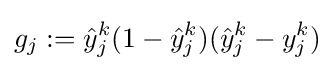
g_{j}:={\hat {y}}_{j}^{k}(1-{\hat {y}}_{j}^{k})({\hat {y}}_{j}^{k}-y_{j}^{k})